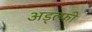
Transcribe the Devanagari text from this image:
अड्ल्फी